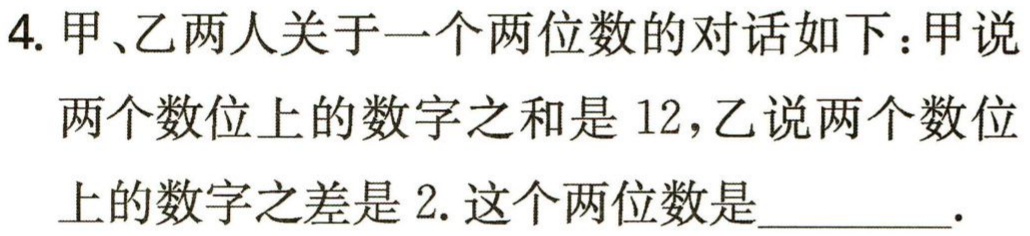
4. 甲、乙两人关于一个两位数的对话如下：甲说两个数位上的数字之和是 12，乙说两个数位上的数字之差是 2. 这个两位数是________.